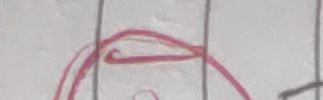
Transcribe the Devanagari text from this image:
म